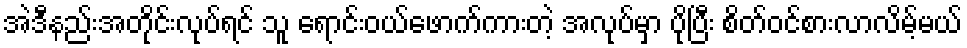
အဲဒီနည်းအတိုင်းလုပ်ရင် သူ ရောင်းဝယ်ဖောက်ကားတဲ့ အလုပ်မှာ ပိုပြီး စိတ်ဝင်စားလာလိမ့်မယ်